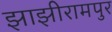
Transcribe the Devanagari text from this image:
झाझीरामपुर